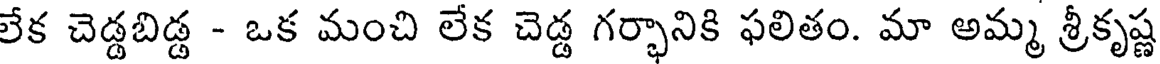
లేక చెడ్డబిడ్డ - ఒక మంచి లేక చెడ్డ గర్భానికి ఫలితం. మా అమ్మ శ్రీకృష్ణ